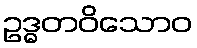
ဥဒ္ဓတဝိသောဝ